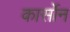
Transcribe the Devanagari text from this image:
कार्सोन